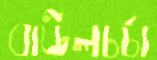
বাউলচর্চা